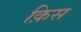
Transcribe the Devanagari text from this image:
क़िस